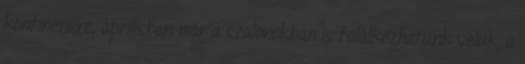
kontinensre, áprilisban már a szalonokban is találkozhatunk velük, a